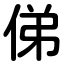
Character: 俤